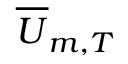
{ \overline { { U } } _ { m , T } }